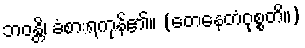
ဘဝန္တိ၊ ခံစားရကုန်၏။ (တေနေတံဝုစ္စတိ။)